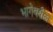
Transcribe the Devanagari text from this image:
भागेवरील